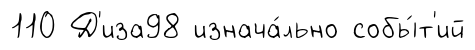
110 Д'иза98 изнача́льно собы́т'ий